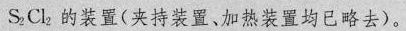
S _{2}Cl _{2}的装置(夹持装置、加热装置均已略去)。